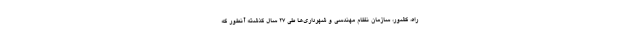
راه، کشور، سازمان نظام مهندسی و شهرداری‌ها طی ۲۷ سال گذشته آنطور که